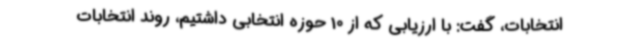
انتخابات، گفت: با ارزیابی که از 10 حوزه انتخابی داشتیم، روند انتخابات